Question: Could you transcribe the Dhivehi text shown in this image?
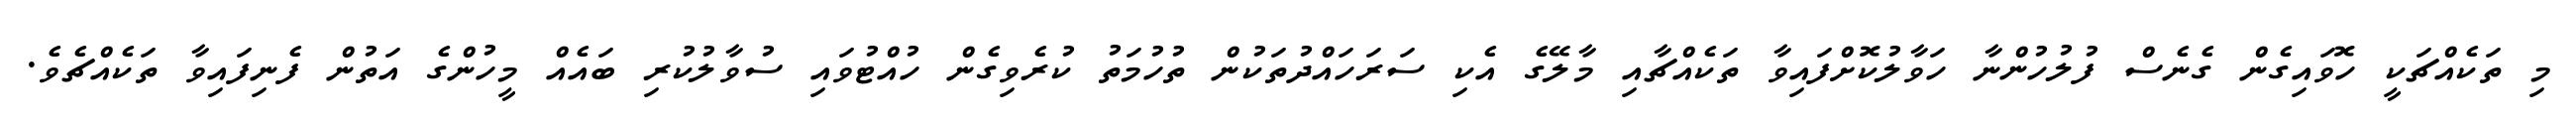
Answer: މި ތަކެއްޗަކީ ހޮވައިގެން ގެނެސް ފުލުހުންނާ ހަވާލުކޮށްފައިވާ ތަކެއްޗާއި މާލޭގެ އެކި ސަރަހައްދުތަކުން ތުހުމަތު ކުރެވިގެން ހުއްޓުވައި ސުވާލުކުރި ބައެއް މީހުންގެ އަތުން ފެނިފައިވާ ތަކެއްޗެވެ.